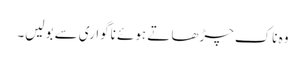
وہ ناک چڑھا تے ہوئے ناگواری سے بولیں۔